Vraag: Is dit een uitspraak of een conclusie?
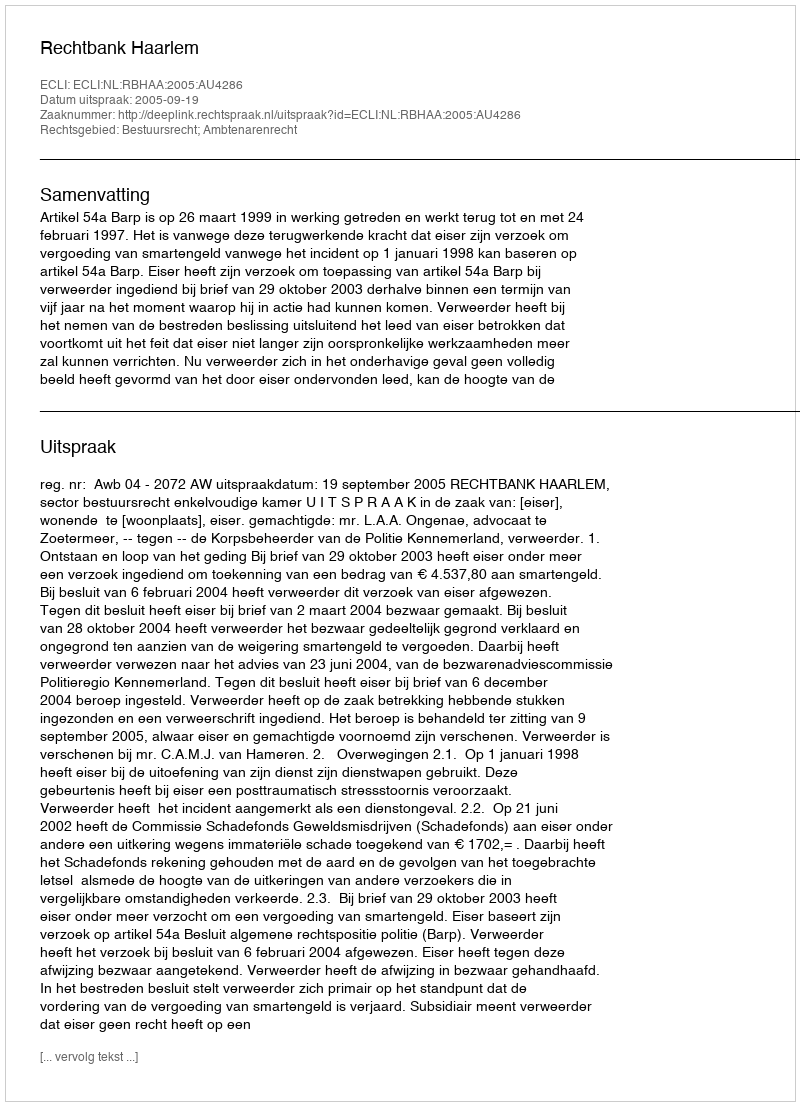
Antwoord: Uitspraak